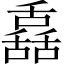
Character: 舙